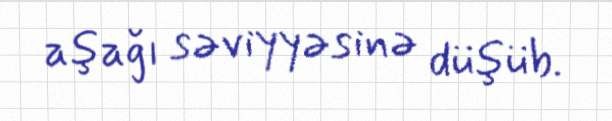
aşağı səviyyəsinə düşüb.